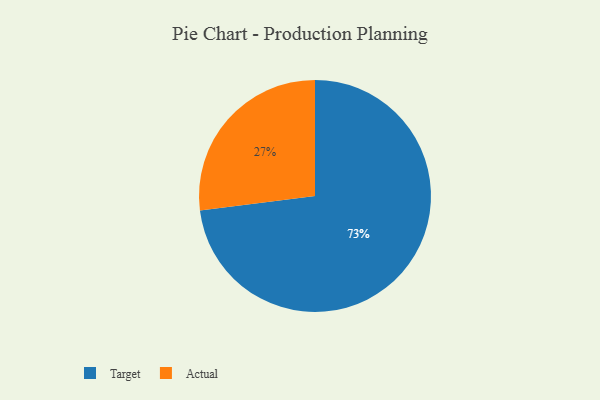
{"axis": {"x": "Category", "y": "Percentage"}, "legend": ["Actual", "Target"], "data": [{"x": "Actual", "y": 27, "type": "Actual"}, {"x": "Target", "y": 73, "type": "Target"}]}